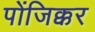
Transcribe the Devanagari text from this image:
पोंजिक्कर